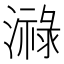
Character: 𤀓